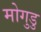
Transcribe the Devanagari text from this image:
मोगुडु